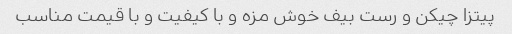
پیتزا چیکن و رست بیف خوش مزه و با کیفیت و با قیمت مناسب